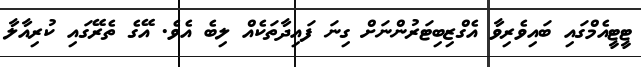
ޓީޓީއެމްގައި ބައިވެރިވާ އެގްޒިބިޓަރުންނަށް ގިނަ ފައިދާތަކެއް ލިބެ އެވެ. އޭގެ ތެރޭގައި ކުރިއާލާ